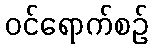
ဝင်ရောက်စဉ်